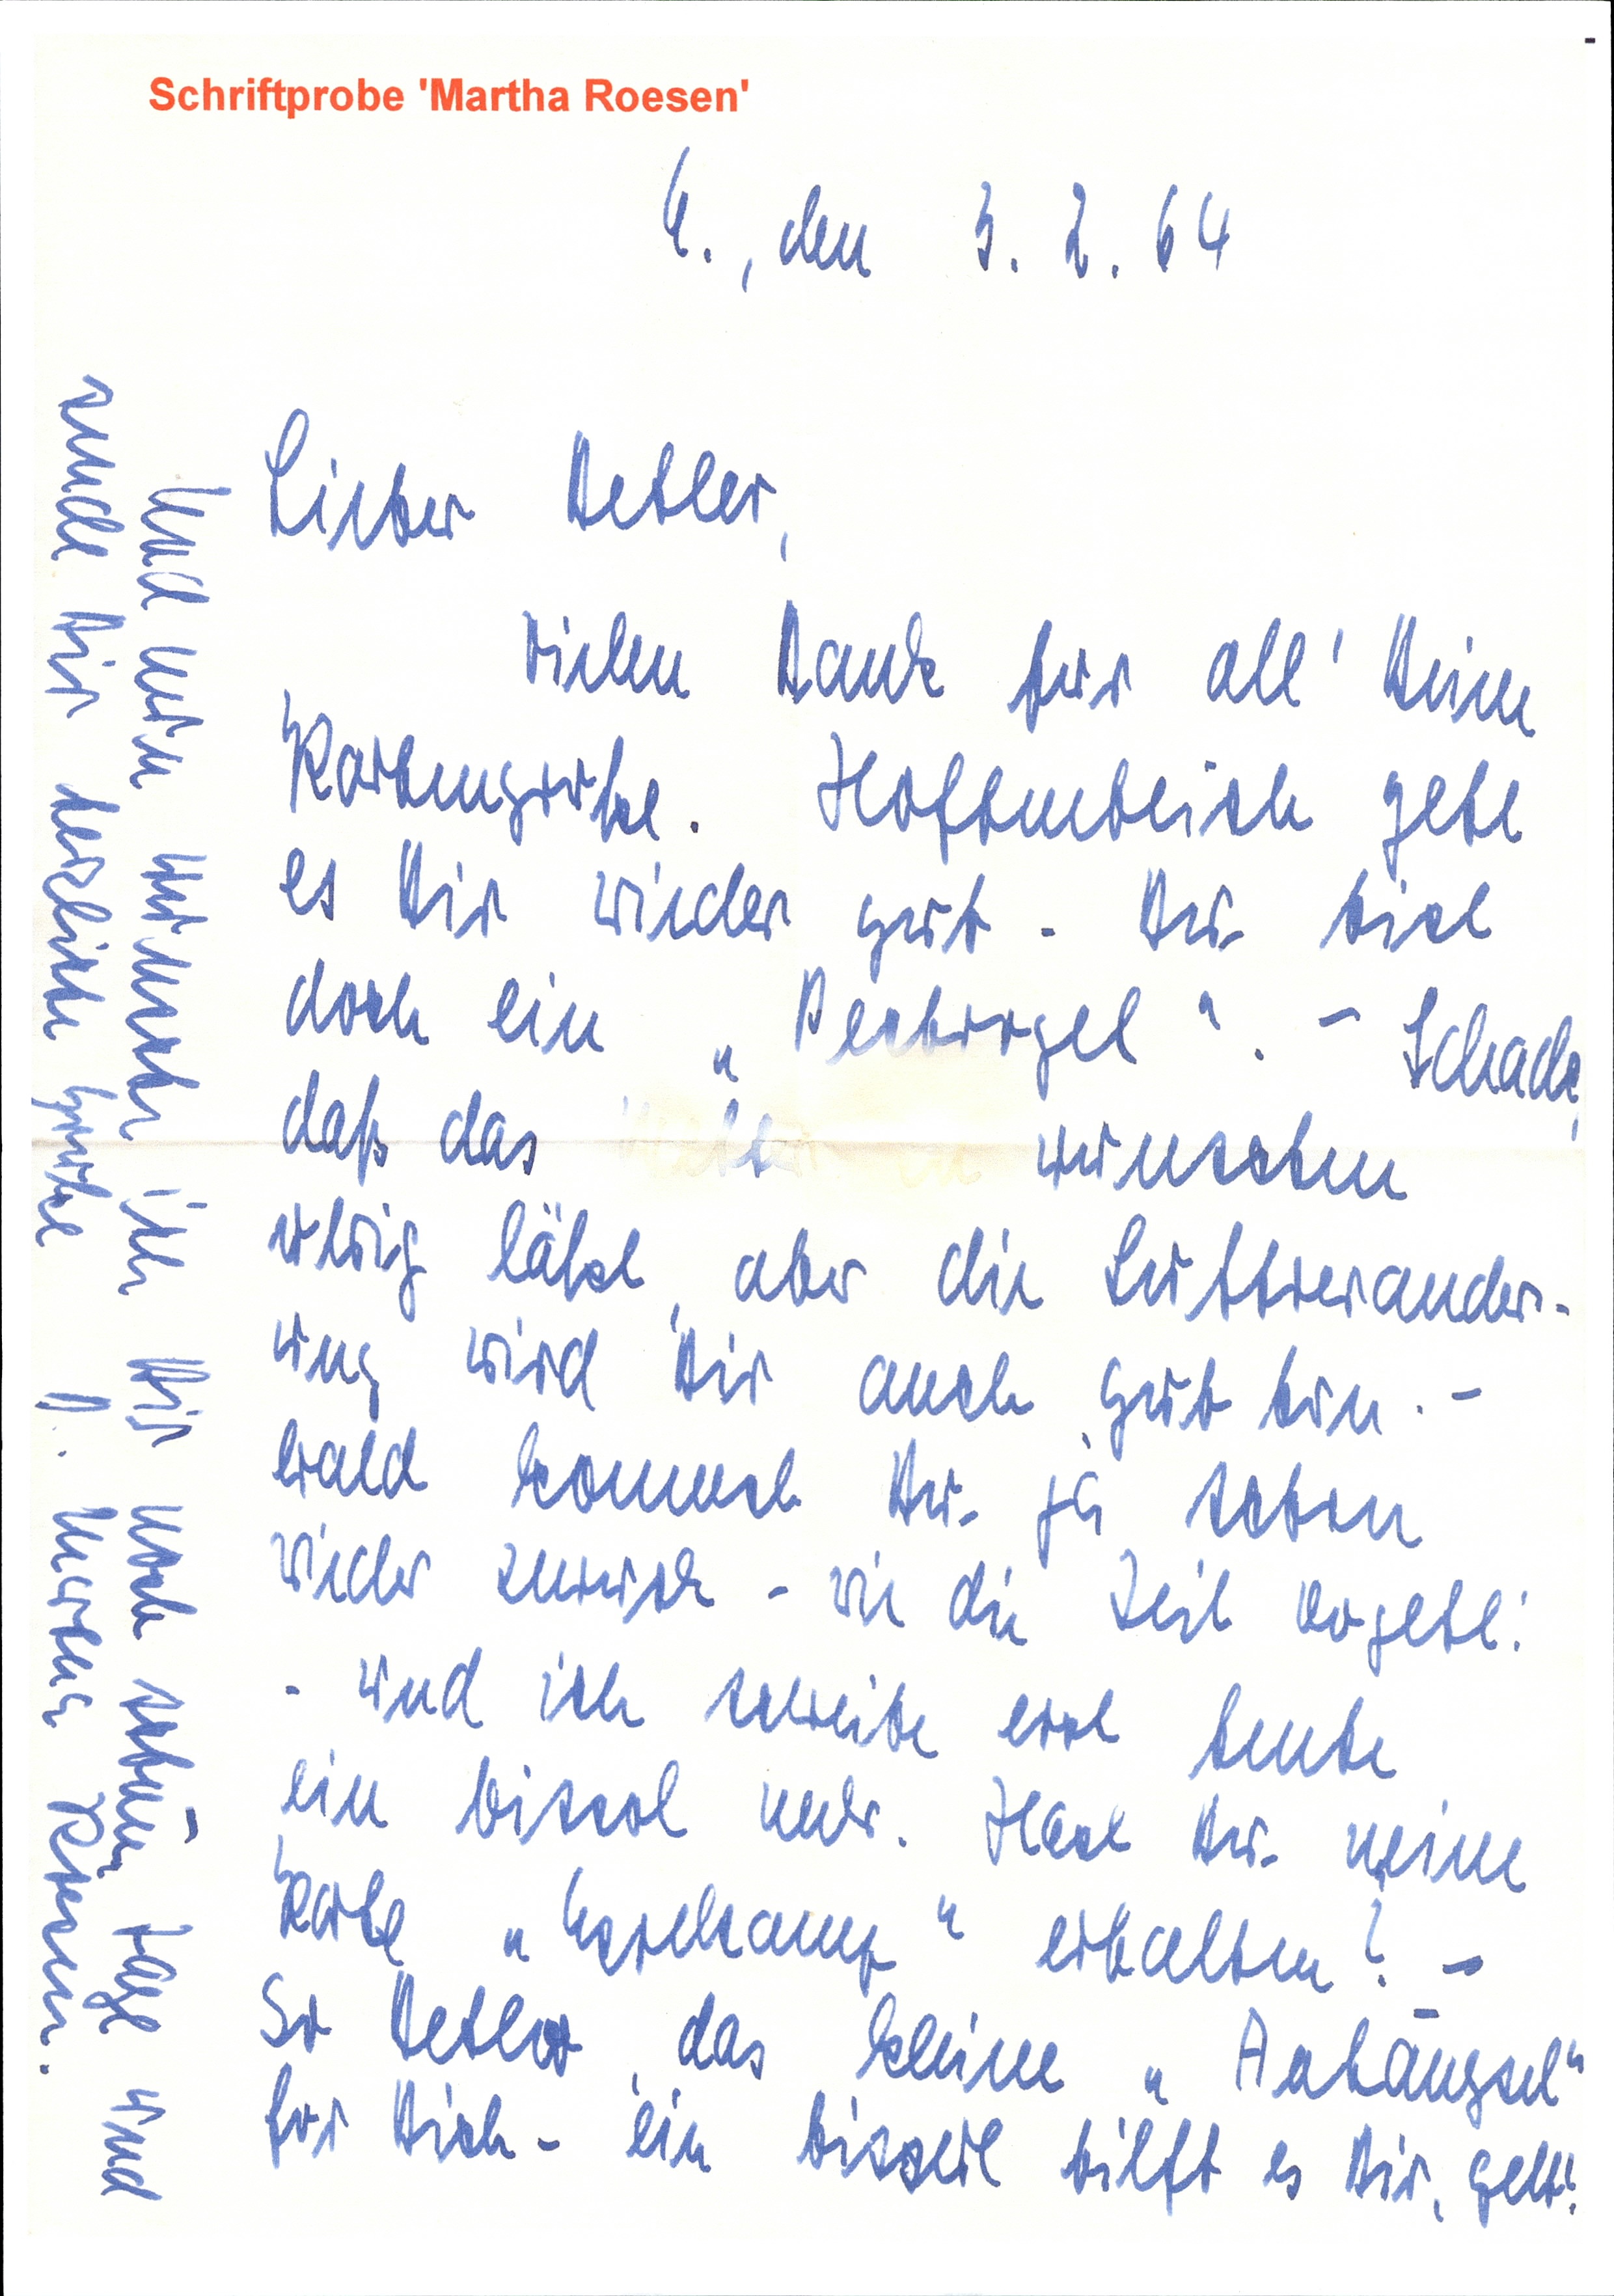
4., den 3. 2. 64
Lieber Detlev,
Vielen Dank für all' Deine
Kartengrüße. Hoffentlich geht
es Dir wieder gut. Du bist
doch ein "Pechvogel". - Schade
daß das Wetter zu wünschen
übrig läßt, aber die Luftveränder¬
ung wird Dir auch gut tun. -
Bald kommst Du ja schon
wieder zurück - wie die Zeit vergeht.
Und ich schreibe erst heute
ein biserl mehr. Hast Du meine
Karte "relsamt" erhalten? -
So Detlev, das kleine "Anhängsel"
für Dich - ein bisserl hilft es Dir, gelt?
Und nun wünsche ich Dir noch schöne Tage und
sende Dir herzliche Grüße  D. Martha Roesen.